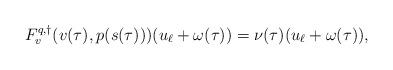
LaTeX: \begin{align*}F^{q,\dagger}_v(v(\tau), p(s(\tau)))(u_\ell + \omega(\tau)) = \nu(\tau) (u_\ell + \omega(\tau)),\end{align*}